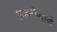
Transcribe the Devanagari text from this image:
आष्टीमार्गे